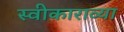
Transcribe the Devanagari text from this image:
स्वीकाराव्या